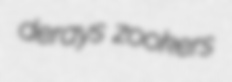
derays zookers